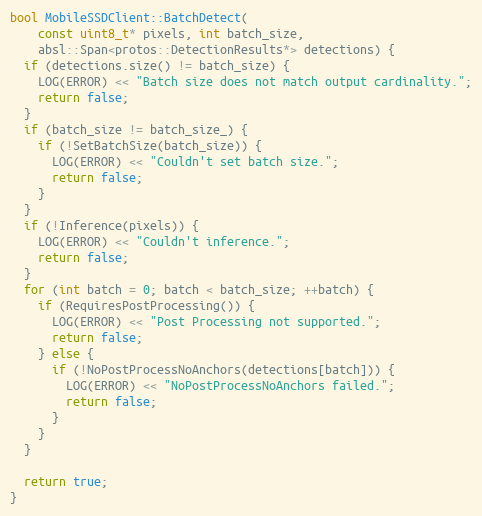
Language: C++
bool MobileSSDClient::BatchDetect(
    const uint8_t* pixels, int batch_size,
    absl::Span<protos::DetectionResults*> detections) {
  if (detections.size() != batch_size) {
    LOG(ERROR) << "Batch size does not match output cardinality.";
    return false;
  }
  if (batch_size != batch_size_) {
    if (!SetBatchSize(batch_size)) {
      LOG(ERROR) << "Couldn't set batch size.";
      return false;
    }
  }
  if (!Inference(pixels)) {
    LOG(ERROR) << "Couldn't inference.";
    return false;
  }
  for (int batch = 0; batch < batch_size; ++batch) {
    if (RequiresPostProcessing()) {
      LOG(ERROR) << "Post Processing not supported.";
      return false;
    } else {
      if (!NoPostProcessNoAnchors(detections[batch])) {
        LOG(ERROR) << "NoPostProcessNoAnchors failed.";
        return false;
      }
    }
  }

  return true;
}